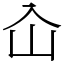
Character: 屳